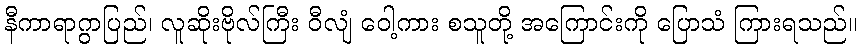
နီကာရာဂွာပြည်၊ လူဆိုးဗိုလ်ကြီး ဝီလျံ ဝေါ့ကား စသူတို့ အကြောင်းကို ပြောသံ ကြားရသည်။